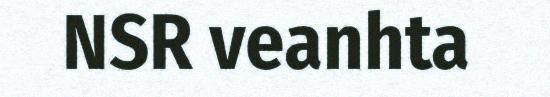
NSR veanhta